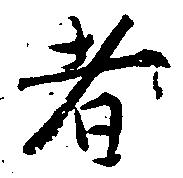
者